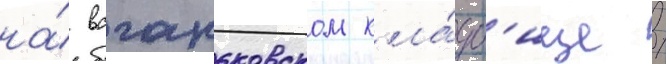
на́ ваганьковском кла́дб'ище /